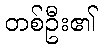
တစ်ဦး၏